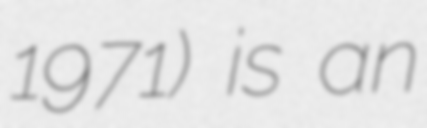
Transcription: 1971) is an